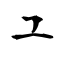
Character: ユ